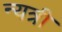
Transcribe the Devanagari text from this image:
न्यत्री